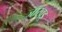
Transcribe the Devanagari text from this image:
जाखड्